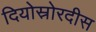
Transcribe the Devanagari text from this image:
दियोस्रोरदीस